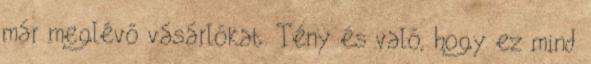
már meglévő vásárlókat. Tény és való, hogy ez mind